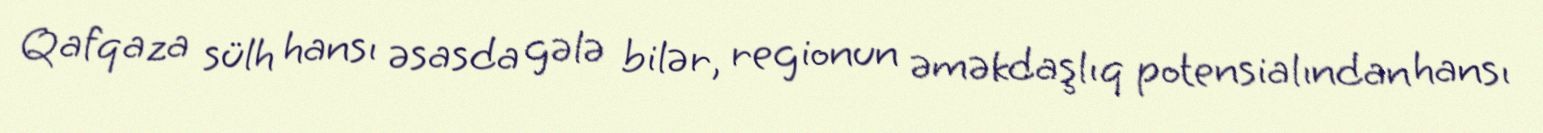
Qafqaza sülh hansı əsasda gələ bilər, regionun əməkdaşlıq potensialından hansı